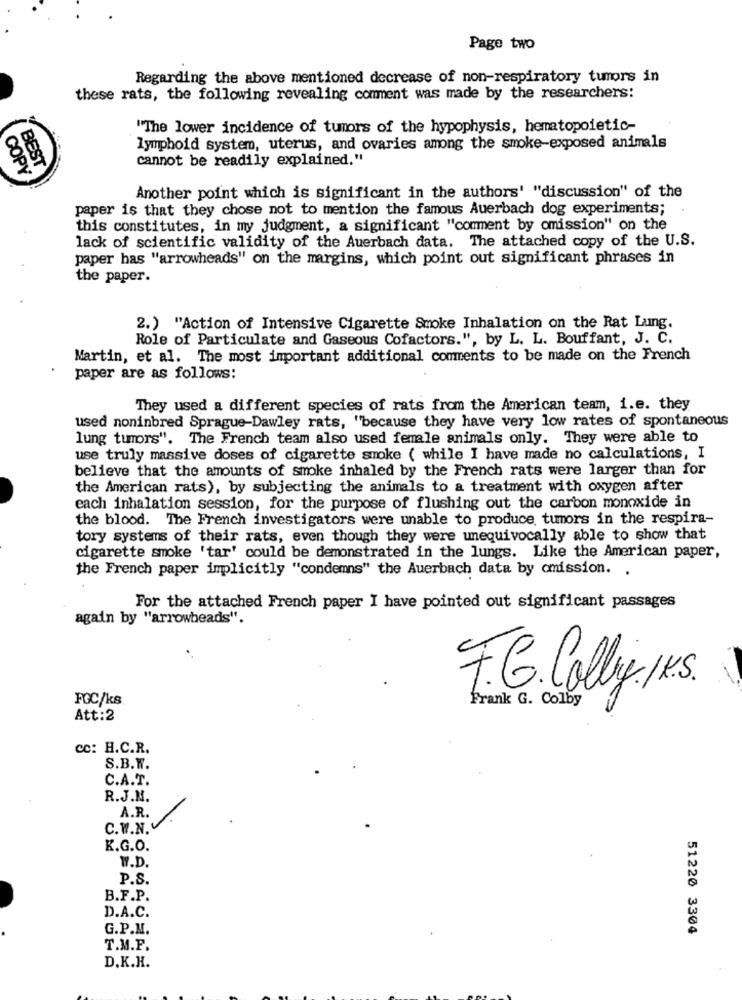
Page two
Regarding the above mentioned decrease of non-respiratory tumors in
these rats, the following revealing comment was made by the researchers:
"The lower incidence of tumors of the hypophysis, hematopoietic-
lymphoid system, uterus, and ovaries among the smoke-exposed animals
cannot be readily explained."
COPL
BEST
Another point which is significant in the authors' "discussion" of the
paper is that they chose not to mention the famous Auerbach dog experiments;
this constitutes, in my judgment, a significant "comment by omission" on the
lack of scientific validity of the Auerbach data. The attached copy of the U.S.
paper has "arrowheads" on the margins, which point out significant phrases in
the paper.
2.) "Action of Intensive Cigarette Smoke Inhalation on the Rat Lung,
Role of Particulate and Gaseous Cofactors.", by L. L. Bouffant, J. C.
Martin, et al. The most important additional comments to be made on the French
paper are as follows:
They used a different species of rats from the American team, i.e. they
used noninbred Sprague-Dawley rats, "because they have very low rates of spontaneous
lung tumors". The French team also used female animals only. They were able to
use truly massive doses of cigarette smoke ( while I have made no calculations, I
believe that the amounts of smoke inhaled by the French rats were larger than for
the American rats), by subjecting the animals to a treatment with oxygen after
each inhalation session, for the purpose of flushing out the carbon monoxide in
the blood. The French investigators were unable to produce tumors in the respira-
tory systems of their rats, even though they were unequivocally able to show that
cigarette smoke 'tar' could be demonstrated in the lungs. Like the American paper,
the French paper implicitly "condemns" the Auerbach data by cmission. .
For the attached French paper I have pointed out significant passages
again by "arrowheads".
F.G. Colliy . . .
FGC/ks
Frank G. Colby
Att:2
cc: H.C.R.
S.B.W.
C.A.T.
R.J.N.
A.R.
C. W.N.V
K.G.O.
W.D.
P.S.
B.F.P.
D.A.C.
G.P.M.
51220 3304
T.M.F.
D.K.H.